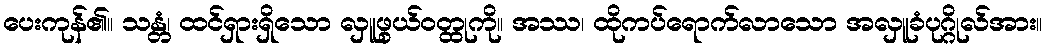
ပေးကုန်၏။ သန္တံ၊ ထင်ရှားရှိသော လှူဖွယ်ဝတ္ထုကို။ အဿ၊ ထိုကပ်ရောက်လာသော အလှူခံပုဂ္ဂိုလ်အား။